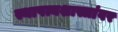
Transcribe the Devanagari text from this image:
स्थापत्यशास्त्रांवर